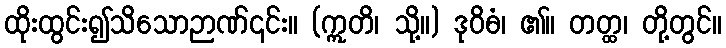
ထိုးထွင်း၍သိသောဉာဏ်၎င်း။ (ဣတိ၊ သို့။) ဒုဝိဓံ၊ ၏။ တတ္ထ၊ တို့တွင်။